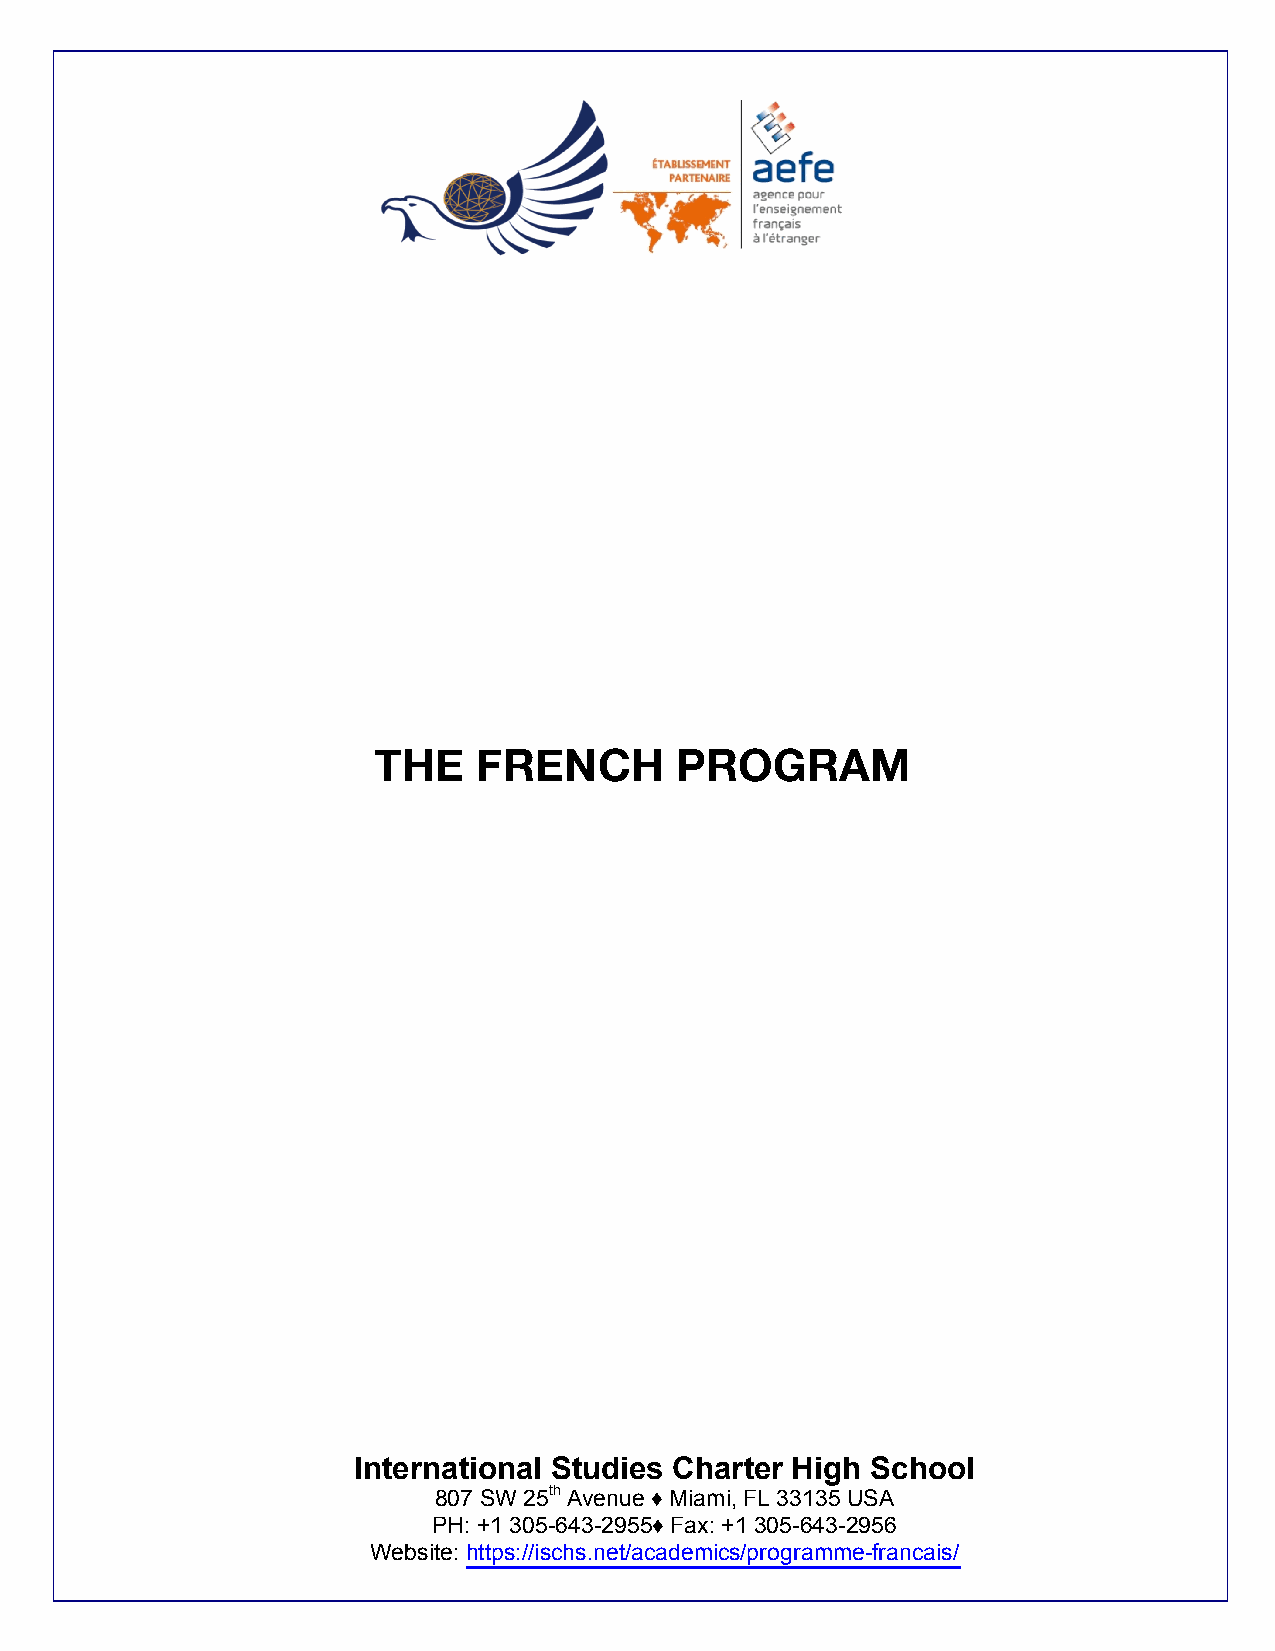
THE    FRENCH       PROGRAM
 International Studies Charter High School
 807 SW 25th Avenue ♦ Miami, FL 33135 USA
 PH: +1 305-643-2955♦ Fax: +1 305-643-2956
 Website: https://ischs.net/academics/programme-francais/